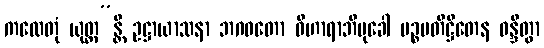
ကထေတုံ ယုတ္တ”န္တိ ဥဋ္ဌာယာသနာ ဘဂဝတော ဝိဟာရာဘိမုခေါ ပဉ္စပတိဋ္ဌိတေန ဝန္ဒိတွာ